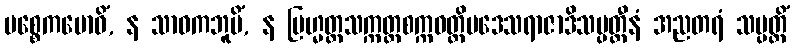
ပစ္စေကဗောဓိံ, န သာဝကဘူမိံ, န ဗြဟ္မတ္တသက္ကတ္တစက္ကဝတ္တိပဒေသရာဇာဒိသမ္ပတ္တီနံ အညတရံ သမ္ပတ္တိံ